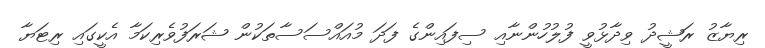
ރިޔާޒު ރަޝީދު ވިދާޅުވީ ފުލުހުންނާއި ސިފައިންގެ ފަދަ މުއައްސަސާތަކުން ޝަރަފުވެރިކަމާ އެކީގައި ރިޓަޔާ